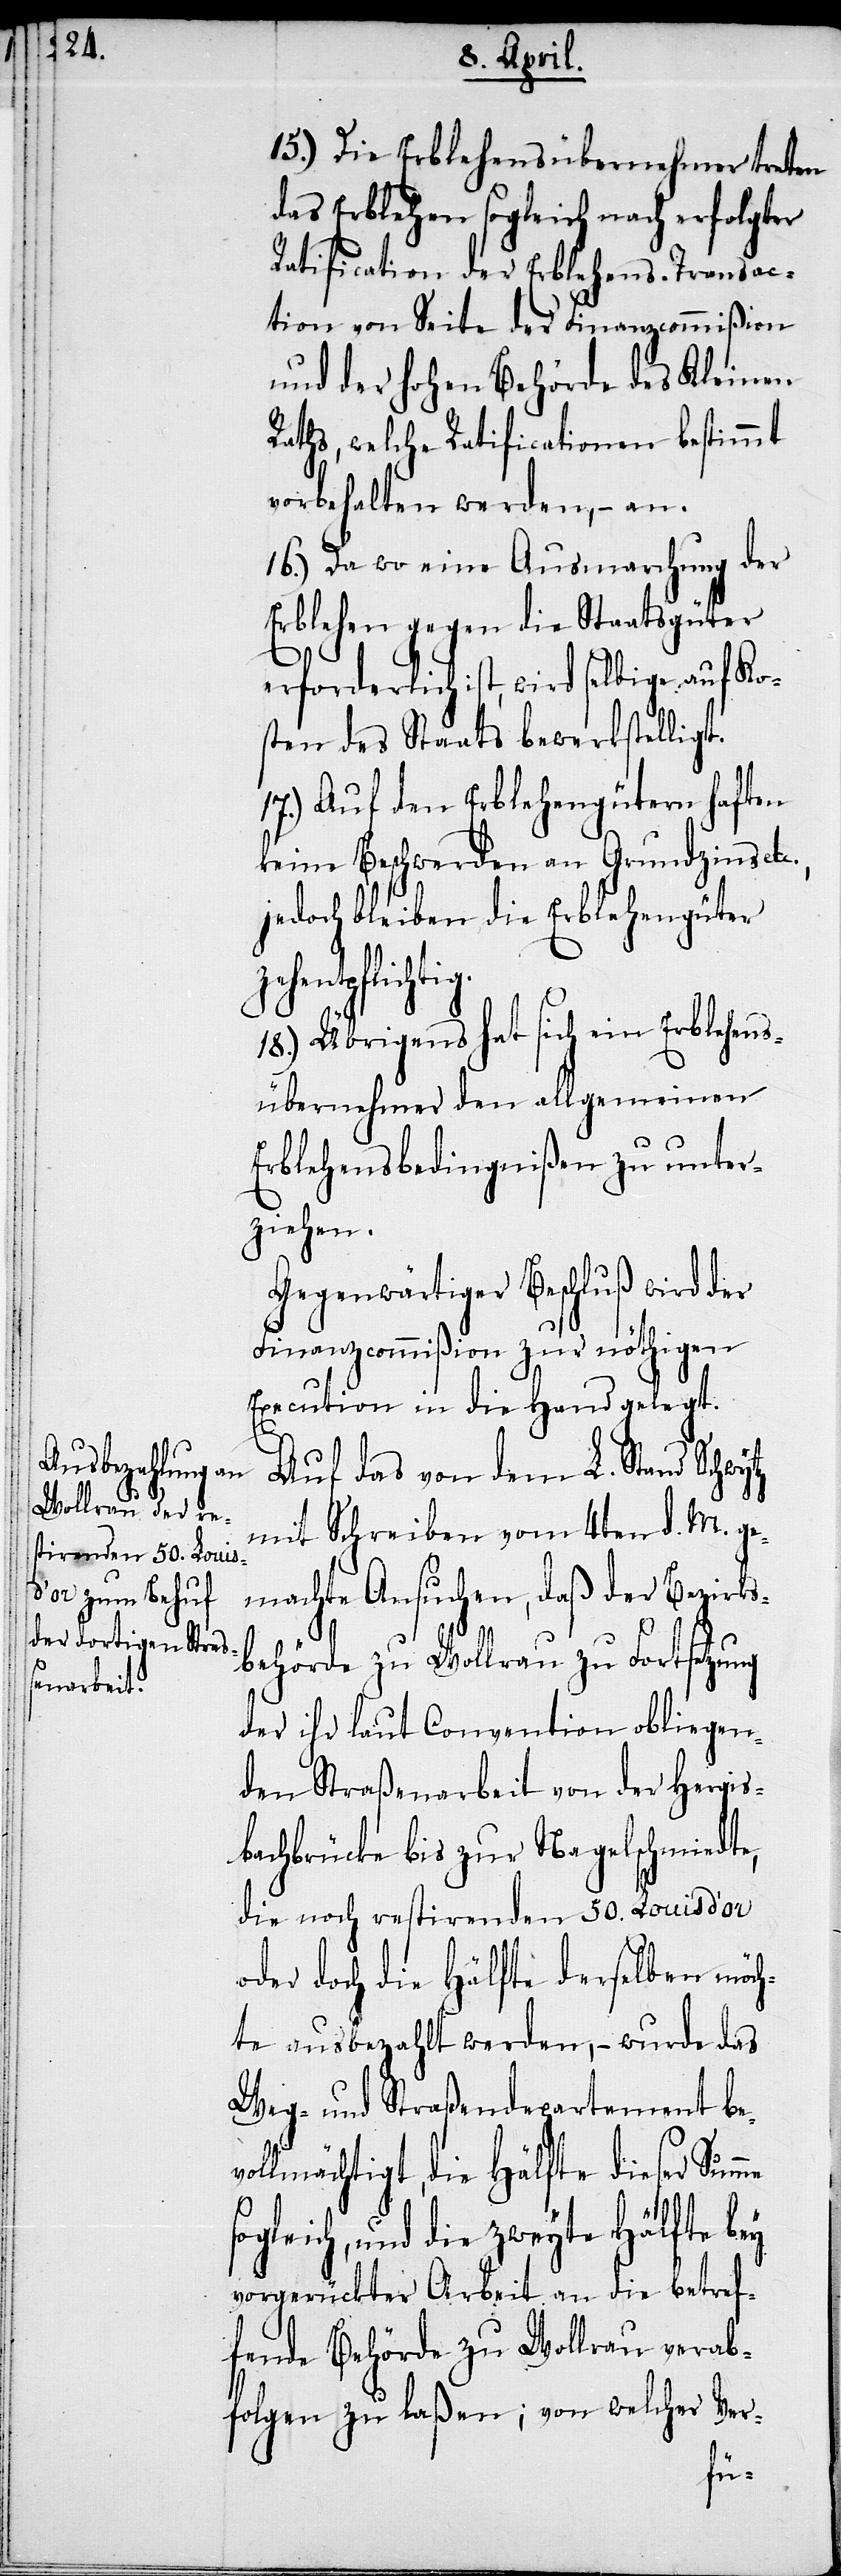
so¬

15.) Die Erblehensübernehmer treten
das Erblehen sogleich nach erfolgter
Ratification der Erblehens-Transac¬
tion von Seite der Finanzcommißion
und der hohen Behörde des Kleinen
Raths, welche Ratificationen bestimmt
vorbehalten werden, – an.
16.) Da wo eine Ausmarchung der
Erblehen gegen die Staatsgüter
erforderlich ist, wird selbige auf Ko¬
sten des Staats bewerkstelligt.
17.) Auf den Erblehengütern haften
keine Beschwerden an Grundzins etc.,
jedoch bleiben die Erblehengüter
zehentpflichtig.
18.) Übrigens hat sich ein Erblehens¬
übernehmer den allgemeinen
Erblehensbedingnißen zu unter¬
ziehen.
Gegenwärtiger Beschluß wird der
Finanzcommißion zur nöthigen
Execution in die Hand gelegt.
Auf das von dem L. Stand Schwytz
mit Schreiben vom 4ten d. M. ge¬
machte Ansuchen, daß der Bezirks¬
behörde zu Wollrau zu Fortsetzung
der ihr laut Convention obliegen¬
den Straßenarbeit von der Hergis¬
bachbrücke bis zur Nagelschmiedte,
die noch restirenden 50. Louisd’or
oder doch die Hälfte derselben möch¬
te ausbezahlt werden, – wurde das
Weg- und Straßendepartement bev¬
ollmächtigt, die Hälfte dieser Sum¬
gleich, und die zweyte Hälfte bey
vorgerückter Arbeit an die betref¬
fende Behörde zu Wollrau verab¬
folgen zu laßen; von welcher Ver-